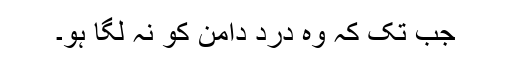
جب تک کہ وہ درد دامن کو نہ لگا ہو۔